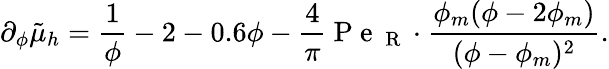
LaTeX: \partial_{\phi}\tilde{\mu}_{h}=\frac{1}{\phi}-2-0.6\phi-\frac{4}{\pi}\mathrm{~P~e~}_{\mathrm{~R~}}\cdot\frac{\phi_{m}(\phi-2\phi_{m})}{(\phi-\phi_{m})^{2}}.